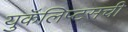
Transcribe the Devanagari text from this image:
युकॅलिप्टसची